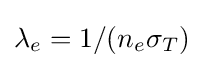
\lambda _{e}=1/(n_{e}\sigma _{T})